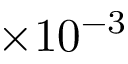
\times 1 0 ^ { - 3 }